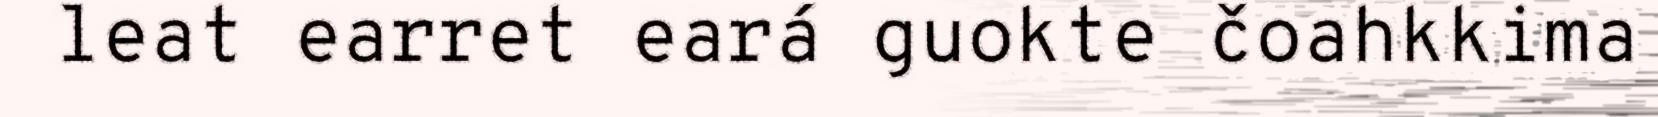
leat earret eará guokte čoahkkima